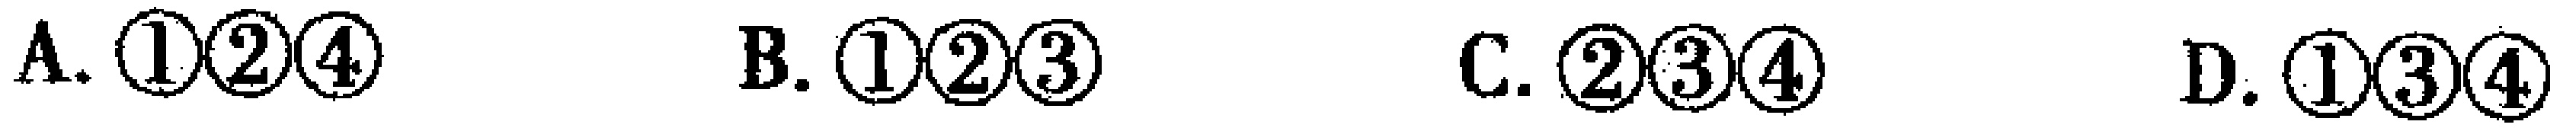
A. \textcircled{1}\textcircled{2}\textcircled{4}  B. \textcircled{1}\textcircled{2}\textcircled{3}  C. \textcircled{2}\textcircled{3}\textcircled{4}  D. \textcircled{1}\textcircled{3}\textcircled{4}